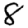
Digit: 8